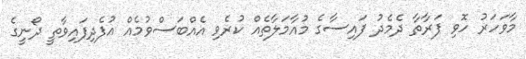
މާވަހަރު ހޮވި ފަރާތާ ދެމެދު ފައިސާގެ މުއާމަލާތެއް ކުރެވި އެއްބަސްވުމެއް އުފެދިފައިވާތީ ދޯނީގެ